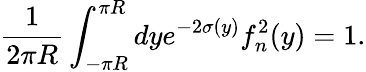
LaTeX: \frac{1}{2\pi R}\int_{-\pi R}^{\pi R}dye^{-2\sigma(y)}f_{n}^{2}(y)=1.